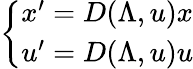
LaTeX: \left\{ \begin{array}{l}{{x^{\prime}=D(\Lambda,u)x}}\\ {{u^{\prime}=D(\Lambda,u)u}}\end{array}\right.